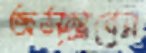
অসম্ভবের